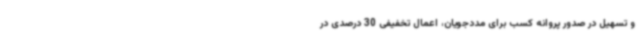
و تسهیل در صدور پروانه کسب برای مددجویان، اعمال تخفیفی 30 درصدی در